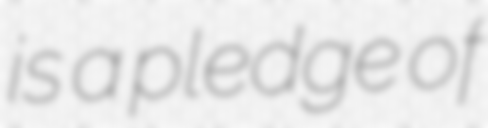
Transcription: is a pledge of